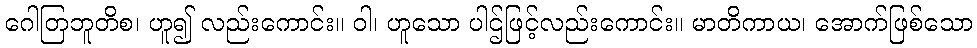
ဂေါတြဘူတိစ၊ ဟူ၍ လည်းကောင်း။ ဝါ၊ ဟူသော ပါဌ်ဖြင့်လည်းကောင်း။ မာတိကာယ၊ အောက်ဖြစ်သော